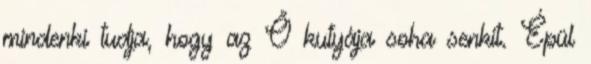
mindenki tudja, hogy az Ő kutyája soha senkit. Épül